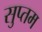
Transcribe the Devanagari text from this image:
सुप्तम